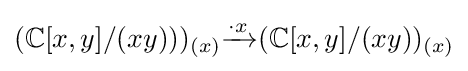
(\mathbb {C} [x,y]/(xy)))_{(x)}{\xrightarrow {\cdot x}}(\mathbb {C} [x,y]/(xy))_{(x)}